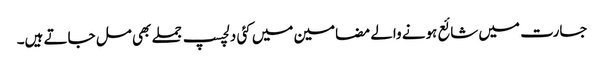
جسارت میں شائع ہونے والے مضامین میں کئی دلچسپ جملے بھی مل جاتے ہیں۔